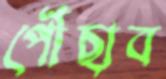
পৌঁছাব